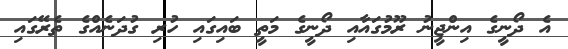
އެ ދޯނީގެ އިންޖީނު ރޫމުގައާއި ދޯނީގެ މަތީ ބައިގައި ހުރި ގުދަނެއްގެ ތެރޭގައި